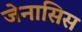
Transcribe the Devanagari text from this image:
जेनासिस